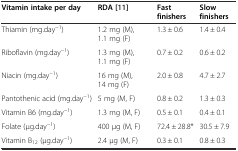
<table><thead><tr><td><b>Vitamin intake per day</b></td><td><b>RDA [11]</b></td><td><b>Fast finishers</b></td><td><b>Slow finishers</b></td></tr></thead><tbody><tr><td>Thiamin (mg.day<sup>−1</sup>)</td><td>1.2 mg (M), 1.1 mg (F)</td><td>1.3 ± 0.6</td><td>1.4 ± 0.4</td></tr><tr><td>Riboflavin (mg.day<sup>−1</sup>)</td><td>1.3 mg (M), 1.1 mg (F)</td><td>0.7 ± 0.2</td><td>0.6 ± 0.2</td></tr><tr><td>Niacin (mg.day<sup>−1</sup>)</td><td>16 mg (M), 14 mg (F)</td><td>2.0 ± 0.8</td><td>4.7 ± 2.7</td></tr><tr><td>Pantothenic acid (mg.day<sup>−1</sup>)</td><td>5 mg (M, F)</td><td>0.8 ± 0.2</td><td>1.3 ± 0.3</td></tr><tr><td>Vitamin B6 (mg.day<sup>−1</sup>)</td><td>1.3 mg (M, F)</td><td>0.5 ± 0.1</td><td>0.4 ± 0.1</td></tr><tr><td>Folate (μg.day<sup>−1</sup>)</td><td>400 μg (M, F)</td><td>72.4 ± 28.8*</td><td>30.5 ± 7.9</td></tr><tr><td>Vitamin B<sub>12</sub> (μg.day<sup>−1</sup>)</td><td>2.4 μg (M, F)</td><td>0.3 ± 0.1</td><td>0.8 ± 0.3</td></tr></tbody></table>